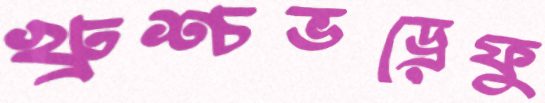
খ্রুশ্চভড্রেফু